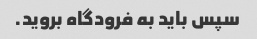
سپس باید به فرودگاه بروید.